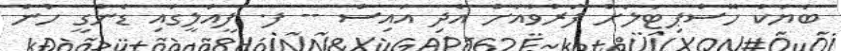
ބަޔަކު ހޮސްޕިޓަލަށް ފަރުވާއަށް އެދި އައިސް -- ފ. ފީއަލީގައި ޑެންގީ ހުން